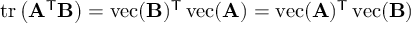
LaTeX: \operatorname { t r } \left( \mathbf { A } ^ { \mathsf { T } } \mathbf { B } \right) = \operatorname { v e c } ( \mathbf { B } ) ^ { \mathsf { T } } \operatorname { v e c } ( \mathbf { A } ) = \operatorname { v e c } ( \mathbf { A } ) ^ { \mathsf { T } } \operatorname { v e c } ( \mathbf { B } )